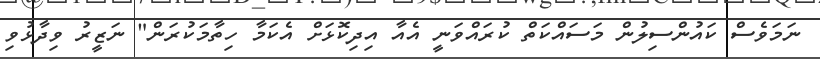
ނަމަވެސް ކައުންސިލުން މަސައްކަތް ކުރައްވަނީ އެއާ އިދިކޮޅަށް އެކަމާ ހިތާމަކުރަން" ނަޒީރު ވިދާޅުވި